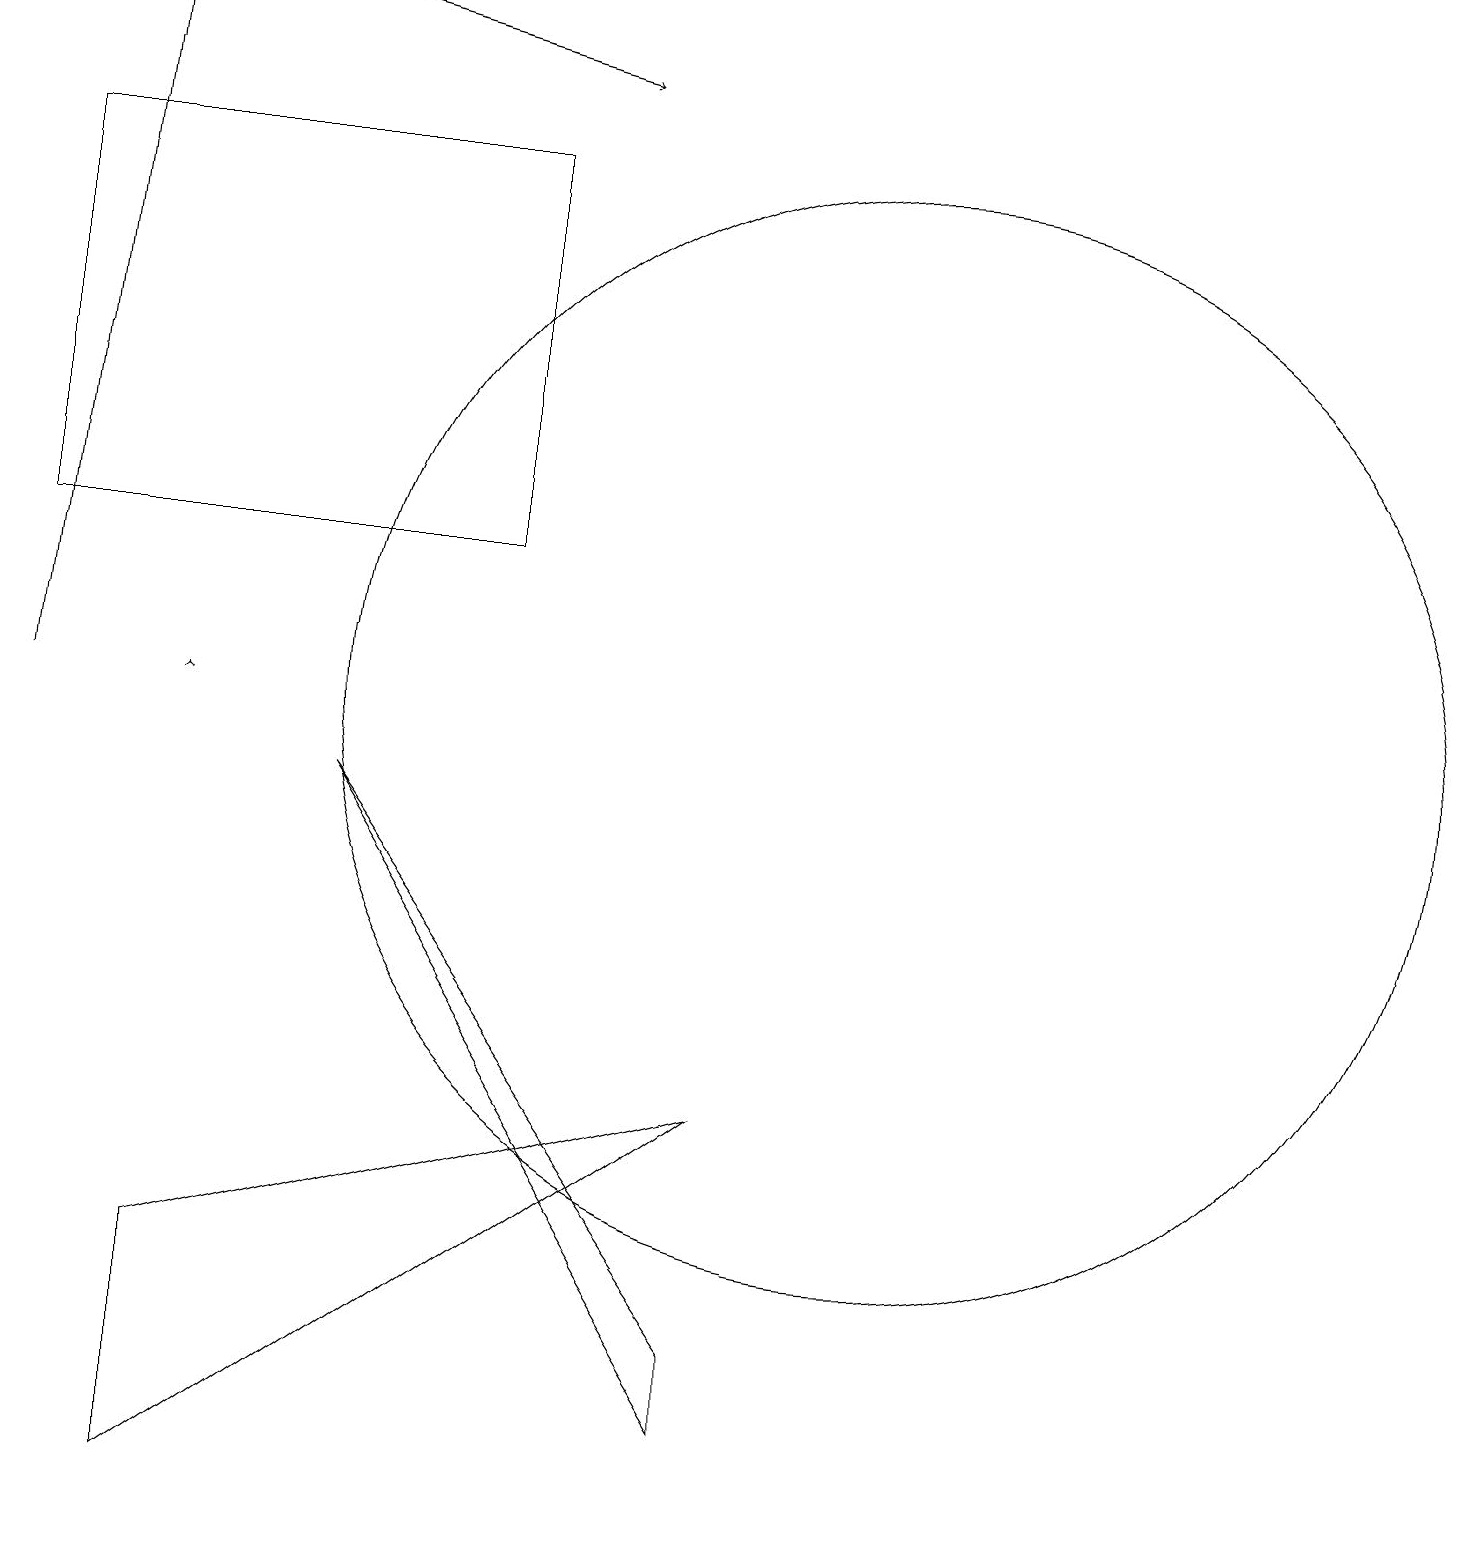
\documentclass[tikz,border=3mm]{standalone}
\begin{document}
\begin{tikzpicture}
\draw (0,17) rectangle (6,12);
\draw[->] (3,19) -- (7,18);
\draw (9,1) -- (9,2) -- (4,9) -- cycle;
\draw[->] (0,10) -- (1,19);
\draw (11,10) circle (7);
\draw (2,0) -- (2,3) -- (9,5) -- cycle;
\draw[->] (2,10) -- (2,10);
\draw (11,11) circle (0);
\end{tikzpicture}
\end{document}